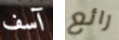
آسف رائع